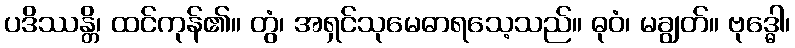
ပဒိဿန္တိ၊ ထင်ကုန်၏။ တွံ၊ အရှင်သုမေဓာရသေ့သည်။ ဓုဝံ၊ မချွတ်။ ဗုဒ္ဓေါ၊